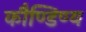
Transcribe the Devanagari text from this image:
कौण्डिण्य